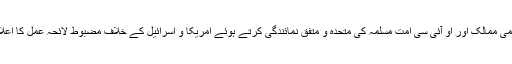
تمام اسلامی ممالک اور او آئی سی امت مسلمہ کی متحدہ و متفق نمائندگی کرتے ہوئے امریکا و اسرائیل کے خلاف مضبوط لائحہ عمل کا اعلان کریں۔